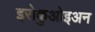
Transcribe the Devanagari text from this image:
इरोकुओइअन